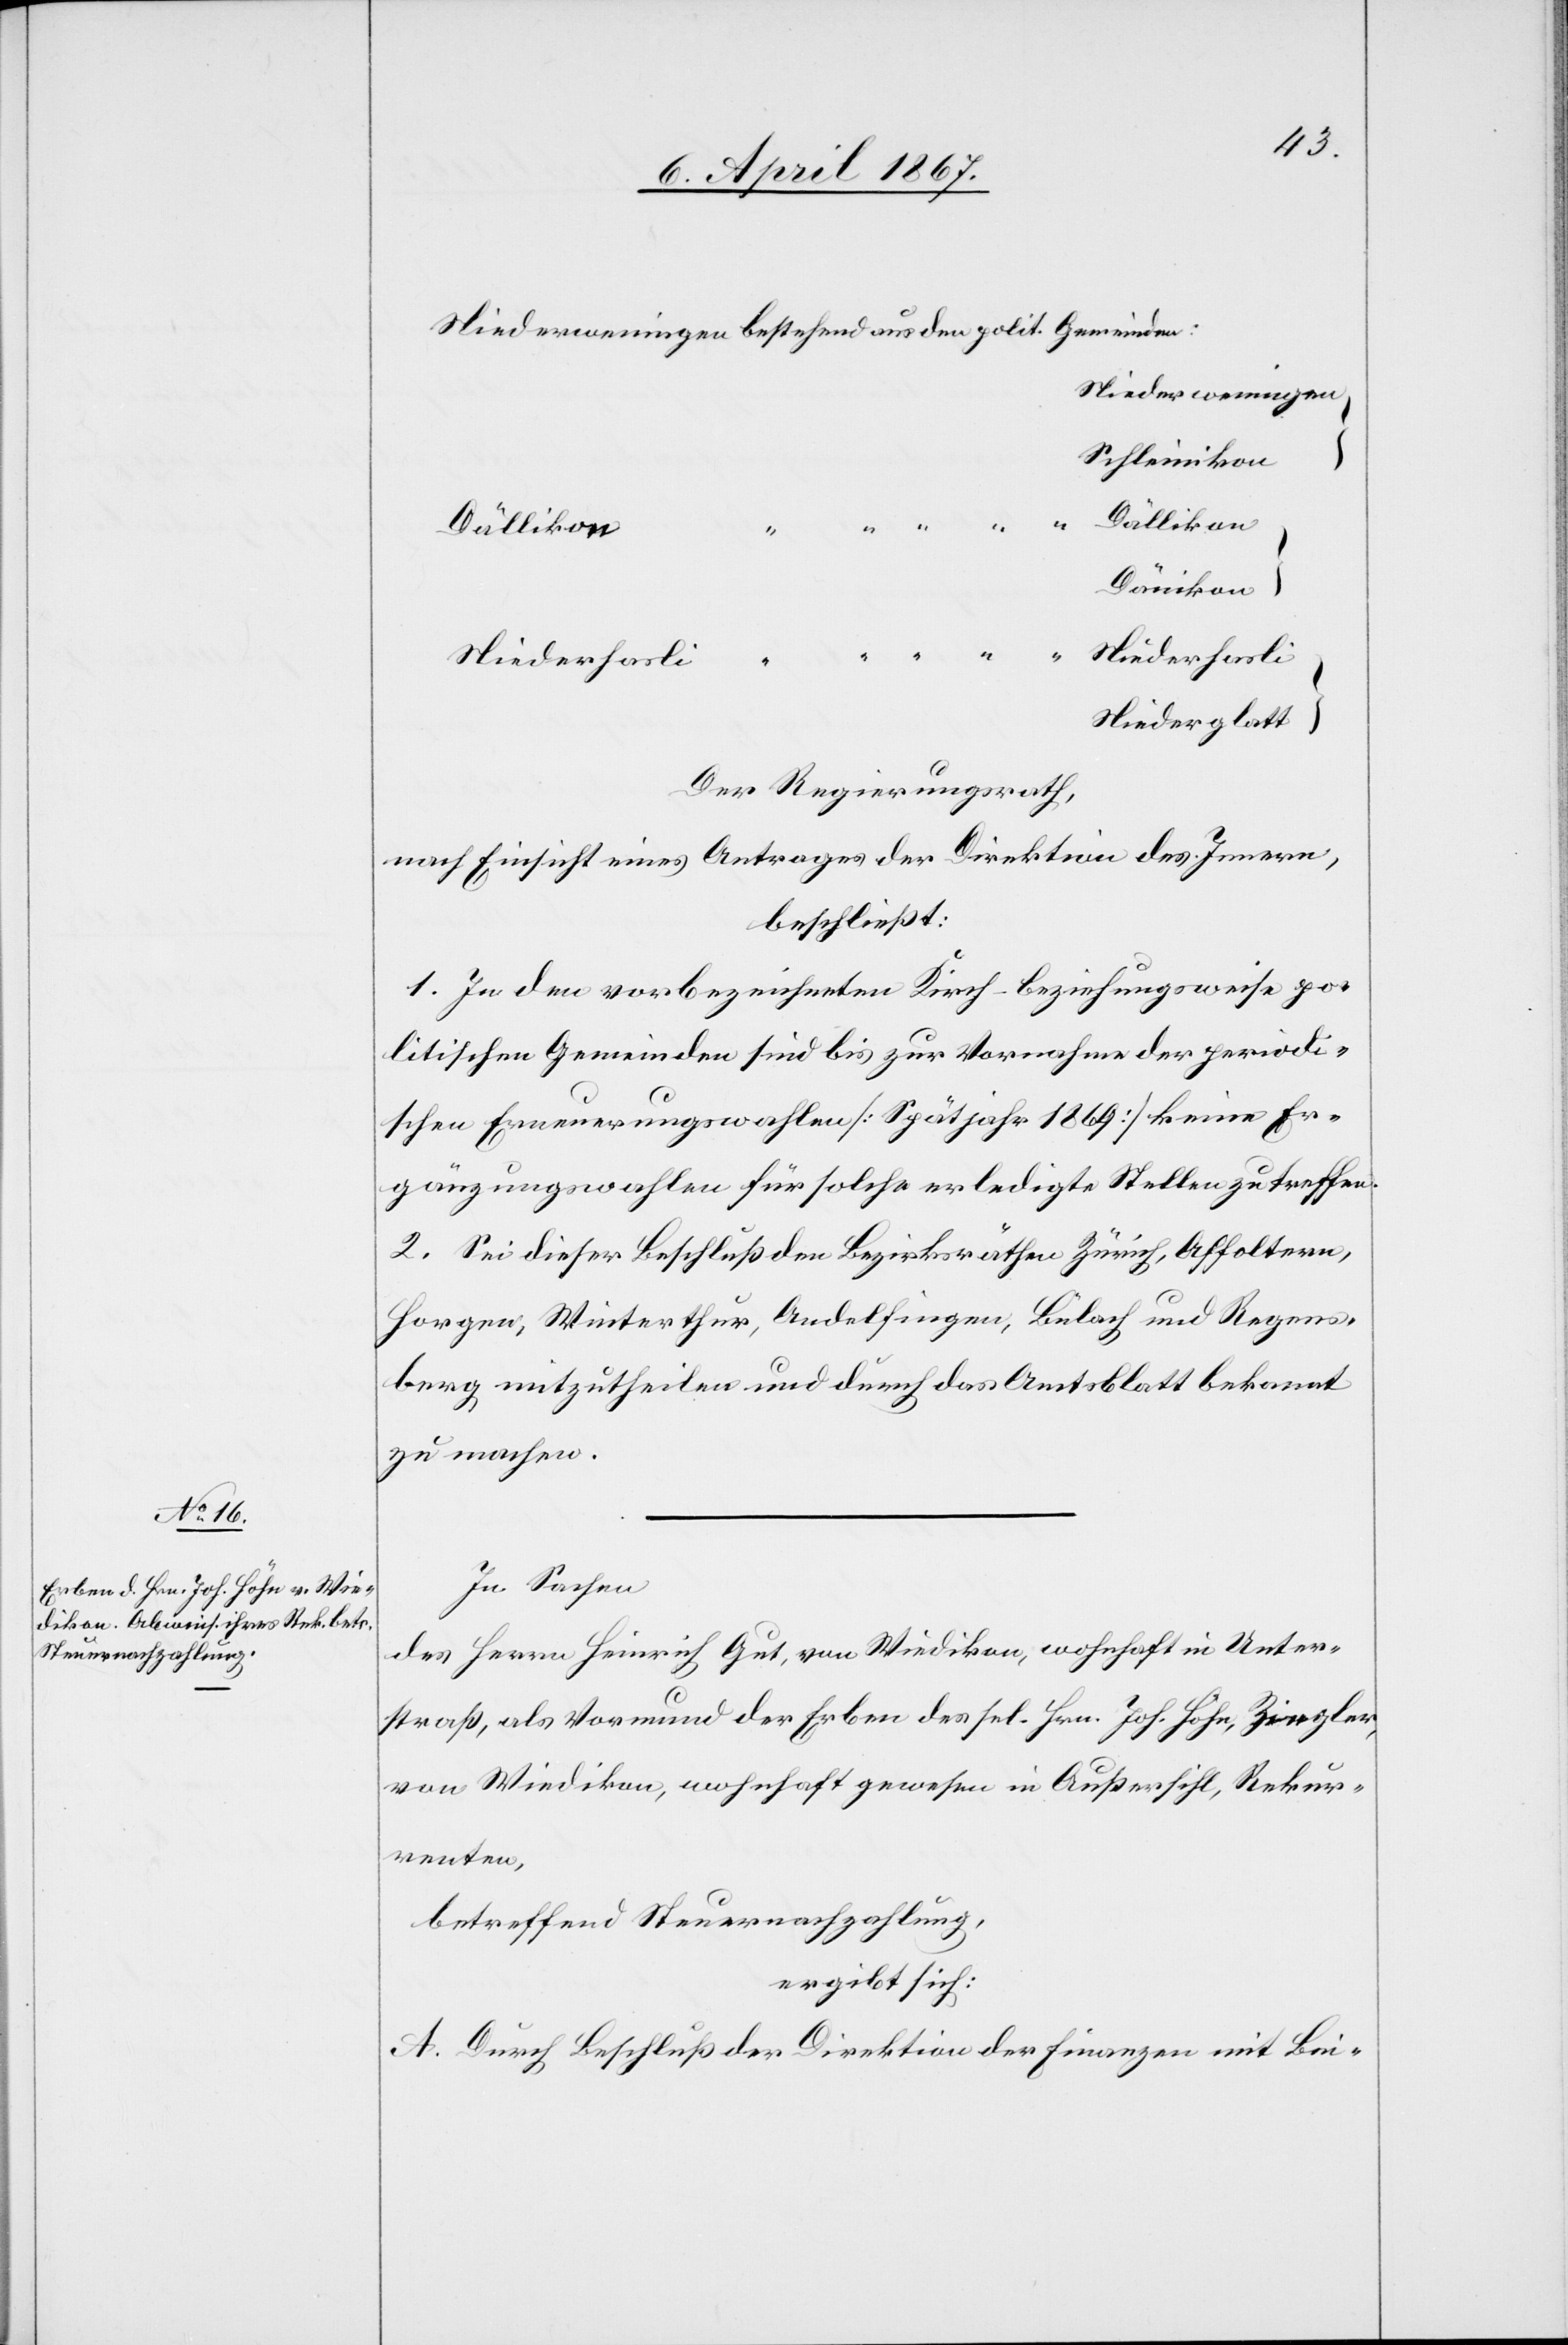
Niederweningen
Schleinikon
Dällikon
Dällikon
Dänikon
Niederhasli
Niederglatt
Der Regierungsrath,
nach Einsicht eines Antrages der Direktion des Innern,
beschließt:
1. In den vorbezeichneten Kirch- beziehungsweise po¬
litischen Gemeinden sind bis zur Vornahme der periodi¬
schen Erneuerungswahlen [Spätjahr 1869] keine Er¬
gänzungswahlen für solche erledigte Stellen zu treffen.
2. Sei dieser Beschluß den Bezirksräthen Zürich, Affoltern,
Horgen, Winterthur, Andelfingen, Bülach und Regens¬
berg mitzutheilen und durch das Amtsblatt bekannt
zu machen.
In Sachen
des Herrn Heinrich Gut, von Wiedikon, wohnhaft in Unter¬
straß, als Vormund der Erben des sel. Hrn. Joh. Höhn, Ziegler,
von Wiedikon, wohnhaft gewesen in Außersihl, Rekur¬
renten,
betreffend Steuernachzahlung,
ergibt sich:
A. Durch Beschluß der Direktion der öff. Arbeiten mit Bei-